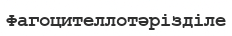
Фагоцителлотәрізділе